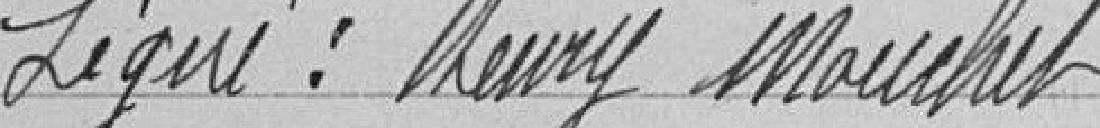
Signé : Henry Mouchet